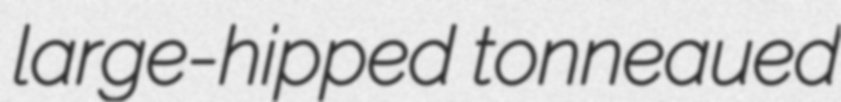
large-hipped tonneaued